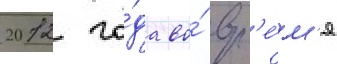
2012 го́да во́ вр'е́м'я